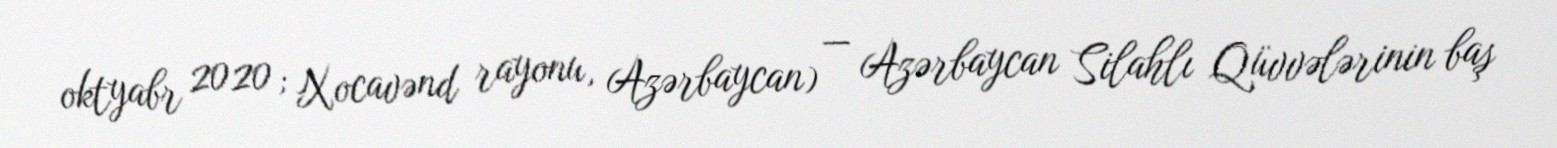
oktyabr 2020; Xocavənd rayonu, Azərbaycan) — Azərbaycan Silahlı Qüvvələrinin baş